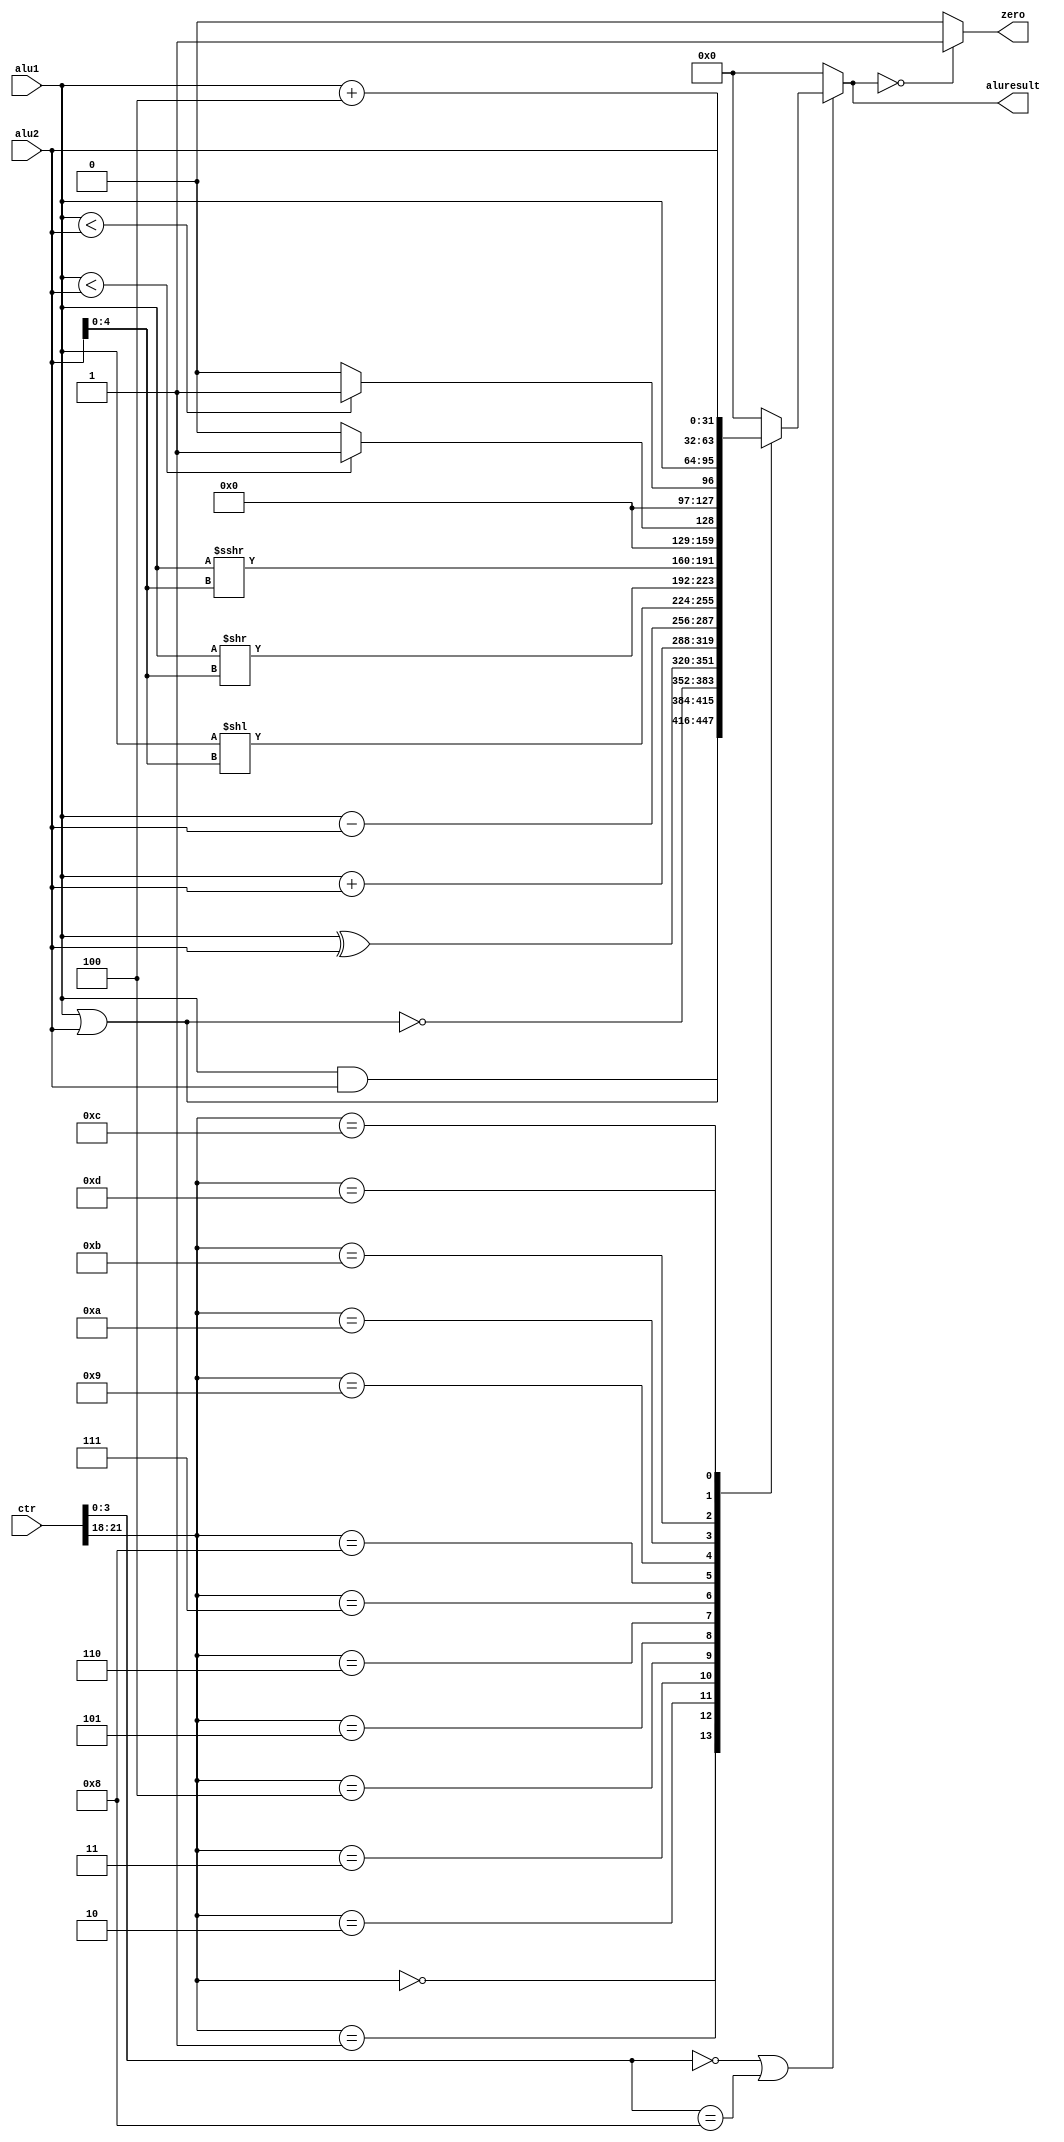
module alu (
    input [31:0]alu1,alu2,ctr,
    output reg [31:0]aluresult,
    output zero
);
    wire [3:0]type_=ctr[3:0];
    wire [3:0]aluop=ctr[21:18];
    always @(*) begin
        aluresult=0;
        if(type_==0|type_==8)
        case (aluop)
            0:aluresult=alu1&alu2;
            1:aluresult=alu1|alu2;
            2:aluresult=~(alu1|alu2);
            3:aluresult=alu1^alu2;
            4:aluresult=alu1+alu2;
            5:aluresult=alu1-alu2;
            6:aluresult=alu1<<alu2[4:0];
            7:aluresult=alu1>>alu2[4:0];
            8:aluresult=$signed(alu1)>>>alu2[4:0];
            9:aluresult=$signed(alu1)<$signed(alu2)?1:0;
            10:aluresult=alu1<alu2?1:0;
            11:aluresult=alu1;
            12:aluresult=alu2;
            13:aluresult=alu1+4;
        endcase
    end
    assign zero=(aluresult==0?1:0);
endmodule